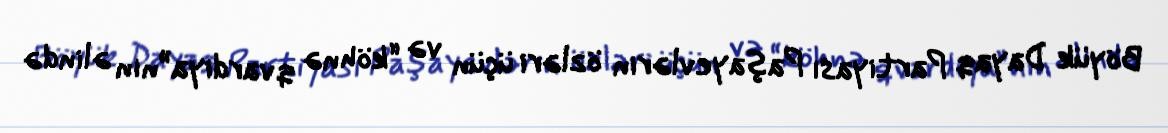
Böyük Dayaq Partiyası Paşayevlərin özləri üçün və “köhnə qvardiya”nın əlində